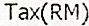
TAX(RM)